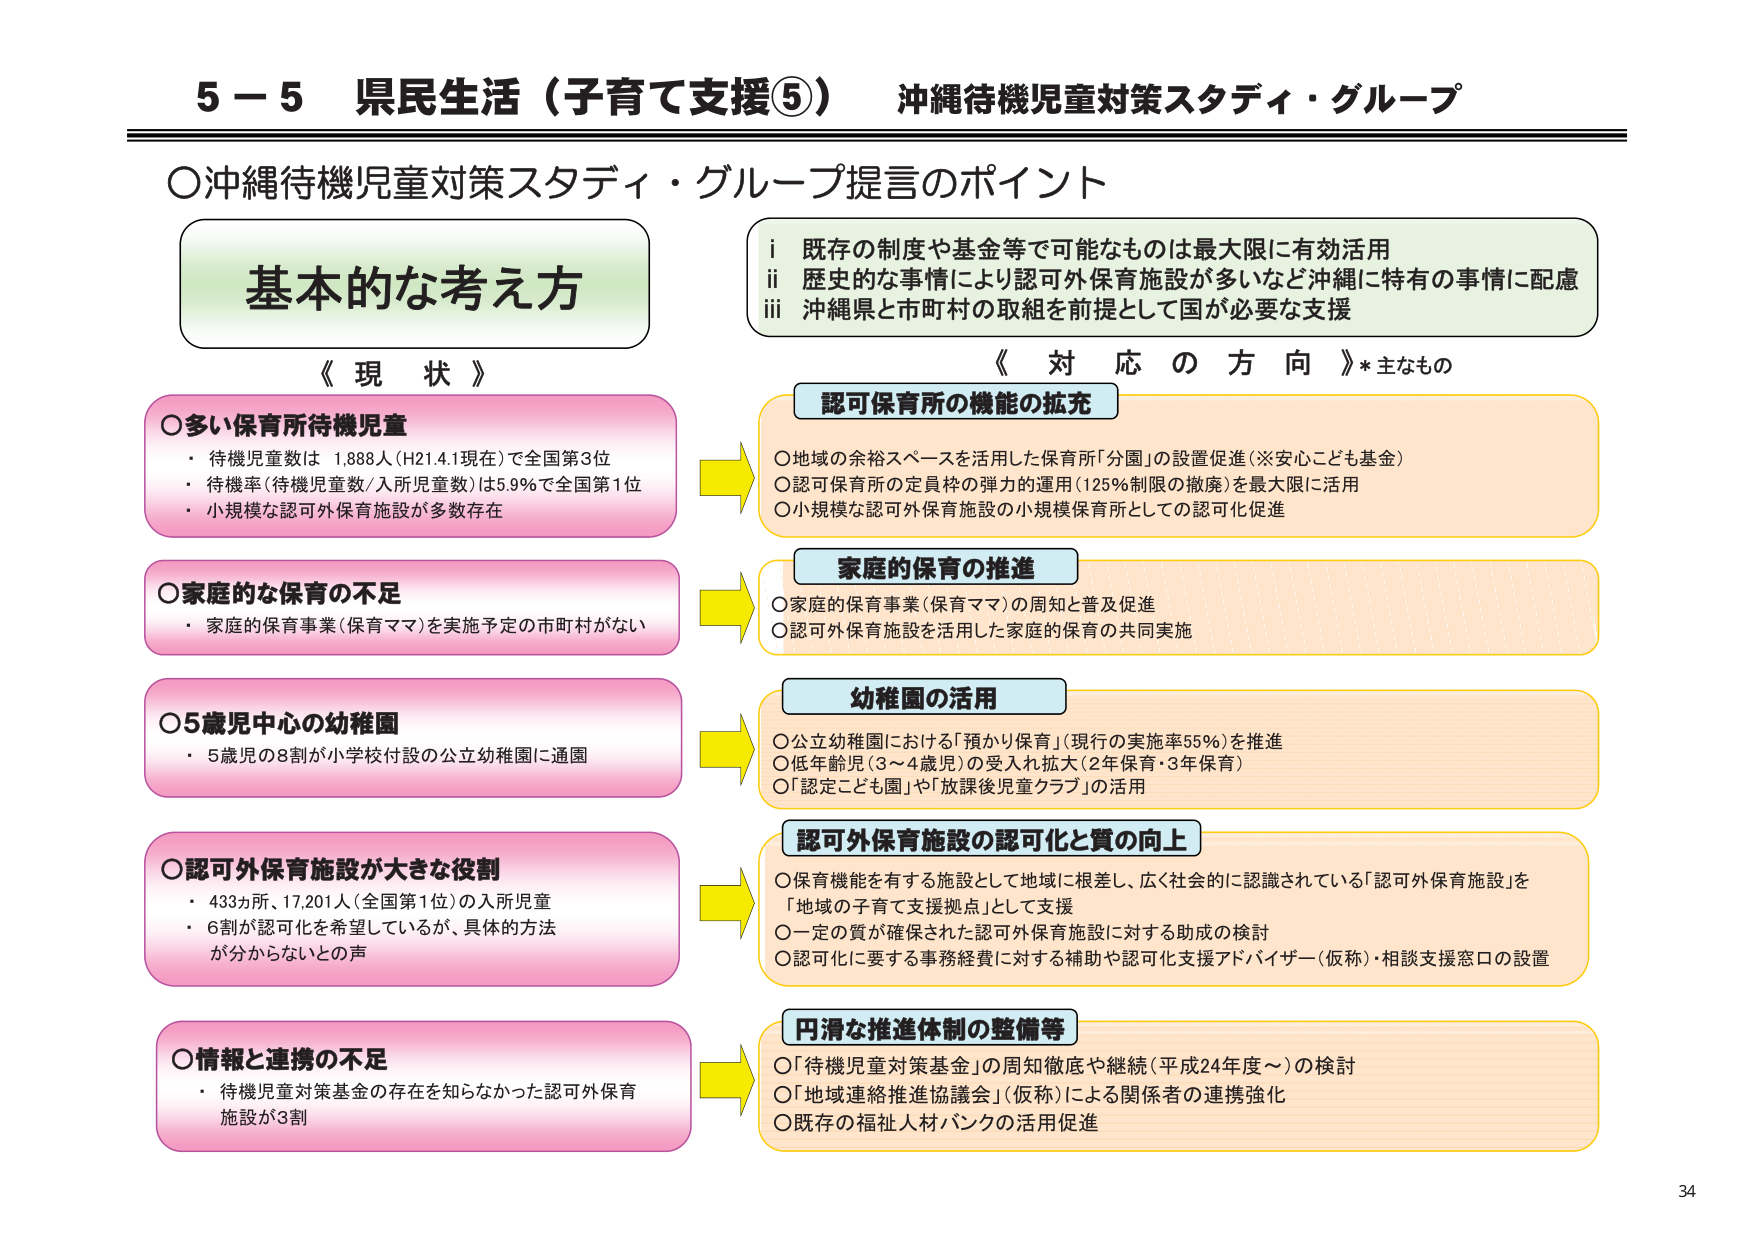
5－5 県民生活（子育て支援⑤） 沖縄待機児童対策スタディ・グループ

○沖縄待機児童対策スタディ・グループ提言のポイント

基本的な考え方

《現状》

○多い保育所待機児童
・待機児童数は 1,888人（H21.4.1現在）で全国第3位
・待機率（待機児童数／入所児童数）は5.9％で全国第1位
・小規模な認可外保育施設が多数存在

○家庭的な保育の不足
・家庭の保育事業（保育ママ）を実施予定の市町村がない

○5歳児中心の幼稚園
・5歳児の8割が小学校付設の公立幼稚園に通園

○認可外保育施設が大きな役割
・433ヵ所、17,201人（全国第1位）の入所児童
・6割が認可化を希望しているが、具体的方法が分からないとの声

○情報と連携の不足
・待機児童対策基金の存在を知らなかった認可外保育施設が3割

《対応の方向》*主なもの

i 既存の制度や基金等で可能なものは最大限に有効活用
ii 歴史的な事情により認可外保育施設が多いなど沖縄に特有の事情に配慮
iii 沖縄県と市町村の取組を前提として国が必要な支援

認可保育所の機能の拡充
○地域の余裕スペースを活用した保育所「分園」の設置促進（※安心こども基金）
○認可保育所の定員枠の弾力的運用（125％制限の撤廃）を最大限に活用
○小規模な認可外保育施設の小規模保育所としての認可化促進

家庭的保育の推進
○家庭の保育事業（保育ママ）の周知と普及促進
○認可外保育施設を活用した家庭的保育の共同実施

幼稚園の活用
○公立幼稚園における「預かり保育」（現行の実施率55％）を推進
○低年齢児（3～4歳児）の受入れ拡大（2年保育・3年保育）
○「認定こども園」や「放課後児童クラブ」の活用

認可外保育施設の認可化と質の向上
○保育機能を有する施設として地域に根差し、広く社会的に認識されている「認可外保育施設」を「地域の子育て支援拠点」として支援
○一定の質が確保された認可外保育施設に対する助成の検討
○認可化に要する事務経費に対する補助や認可化支援アドバイザー（仮称）・相談支援窓口の設置

円滑な推進体制の整備等
○「待機児童対策基金」の周知徹底や継続（平成24年度～）の検討
○「地域連絡推進協議会」（仮称）による関係者の連携強化
○既存の福祉人材バンクの活用促進

34